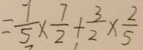
= \frac { 1 } { 5 } \times \frac { 7 } { 2 } + \frac { 3 } { 2 } \times \frac { 2 } { 5 }